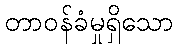
တာဝန်ခံမှုရှိသော